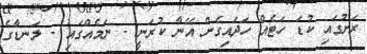
ރަށުގައި ކުޑަ ހަޓެއް ހަދައިގެން އޭނާ ކުރަނީ - ނަމެއްގައި - ލަނޑާގެ